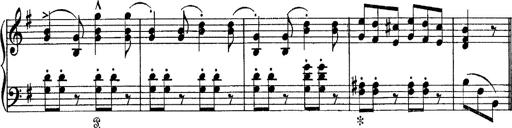
Title: Tarantelle di bravura dâ€™aprÃ¨s la tarantelle de La muette de Portici
Composer: Franz Liszt